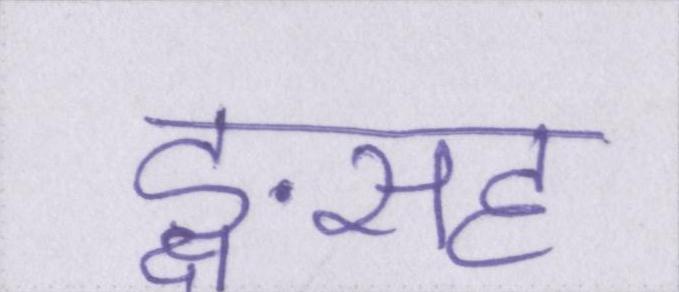
ङ्क्षसह